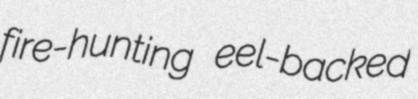
fire-hunting eel-backed